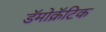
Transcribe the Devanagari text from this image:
डॅमोक्रॅटिक